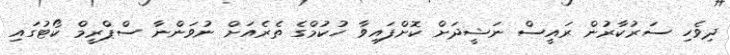
ދިވެހި ސަރުކާރުން ރައީސް ނަޝީދަށް ކޮށްފައިވާ ހުކުމްގެ ތެރެެއަށް ނުވަަންނާ ސްޕްރީމް ކޯޓުގައި